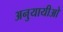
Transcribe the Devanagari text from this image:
अनुयायीओ